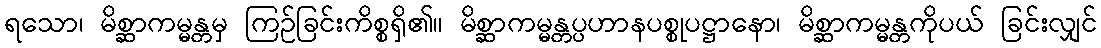
ရသော၊ မိစ္ဆာကမ္မန္တမှ ကြဉ်ခြင်းကိစ္စရှိ၏။ မိစ္ဆာကမ္မန္တပ္ပဟာနပစ္စုပဋ္ဌာနော၊ မိစ္ဆာကမ္မန္တကိုပယ် ခြင်းလျှင်